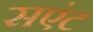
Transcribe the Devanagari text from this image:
सएंट